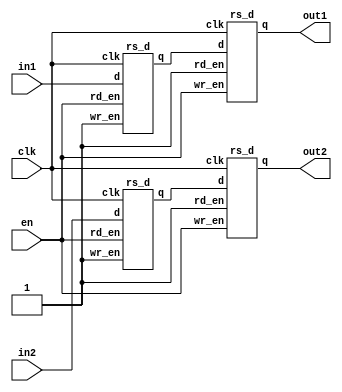
module box(en,clk,in1,in2,out1,out2);
    parameter hi_level = 1'b1;
    input en, clk;
    input [7:0] in1, in2;
    output [7:0] out1, out2;
    wire [7:0] out1, out2;
    wire [7:0] con1, con2;
    rs_d reg1(en,hi_level,clk,in1,con1);
    rs_d reg2(hi_level,en,clk,con1,out1);
    rs_d reg3(en,hi_level,clk,in2,con2);
    rs_d reg4(hi_level,en,clk,con2,out2);
endmodule
module rs_d(rd_en,wr_en,clk,d,q);
    integer i = 0;
    parameter init_val = 8'b0;
    input rd_en, wr_en, clk;
    input [7:0] d;
    output [7:0] q;
    reg [7:0] q;
    reg [7:0] mem;
    initial
       q <= init_val;
    always @(posedge clk) begin
       if(rd_en) begin
          for(i = 0; i < 7; i=i+1)
             mem[i] <= d[i];
       end
       if(wr_en) begin
          for(i = 0; i < 7; i=i+1)
             q[i] <= mem[i];           
       end
    end
endmodule